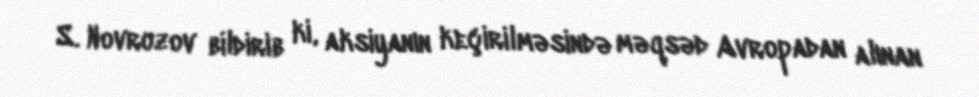
S. Novruzov bildirib ki, aksiyanın keçirilməsində məqsəd Avropadan alınan